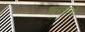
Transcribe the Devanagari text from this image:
इल्जामों